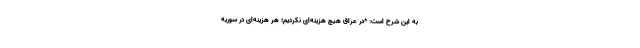
به این شرح است: *در عراق هیچ هزینه‌ای نکردیم؛ هر هزینه‌ای در سوریه